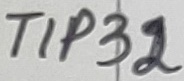
Text: TIP32